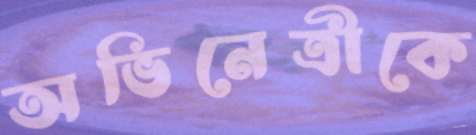
অভিনেত্রীকে